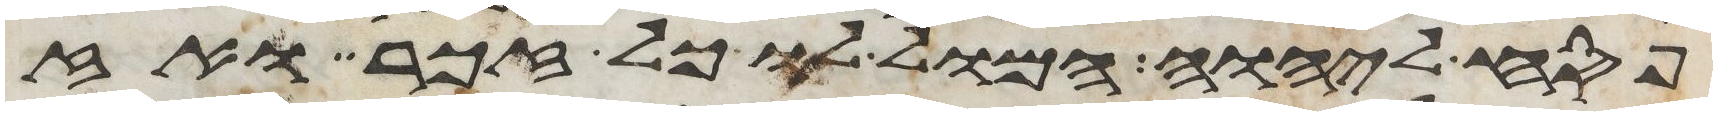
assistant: פסח ליהוה המול לו כל זכר ואז